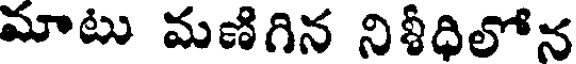
మాటు మణిగిన నిశీధిలోన